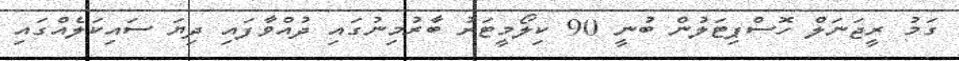
ގަމު ރީޖަނަލް ހޮސްޕިޓަލުން ބުނީ 90 ކިލޯމީޓަރު ބާރުމިނުގައި ދުއްވާފައި ދިޔަ ސައިކަލެއްގައި